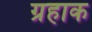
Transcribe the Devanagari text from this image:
ग्रहाक